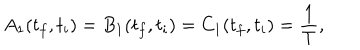
A _ { 1 } ( t _ { f } , t _ { i } ) = B _ { 1 } ( t _ { f } , t _ { i } ) = C _ { 1 } ( t _ { f } , t _ { i } ) = \frac { 1 } { T } ,